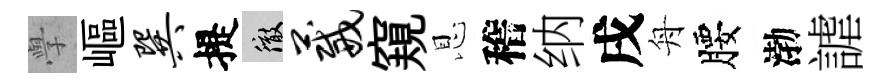
𭓕嶇巽提徹葳窺恩稽纳戌舟腰渤謔